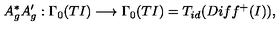
A _ { g } ^ { * } A _ { g } ^ { \prime } : \Gamma _ { 0 } ( T I ) \longrightarrow \Gamma _ { 0 } ( T I ) = T _ { i d } ( D i f f ^ { + } ( I ) ) ,